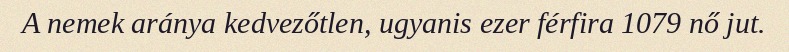
A nemek aránya kedvezőtlen, ugyanis ezer férfira 1079 nő jut.